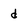
Character: d